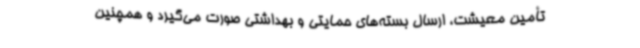
تأمین معیشت، ارسال بسته‌های حمایتی و بهداشتی صورت می‌گیرد و همچنین